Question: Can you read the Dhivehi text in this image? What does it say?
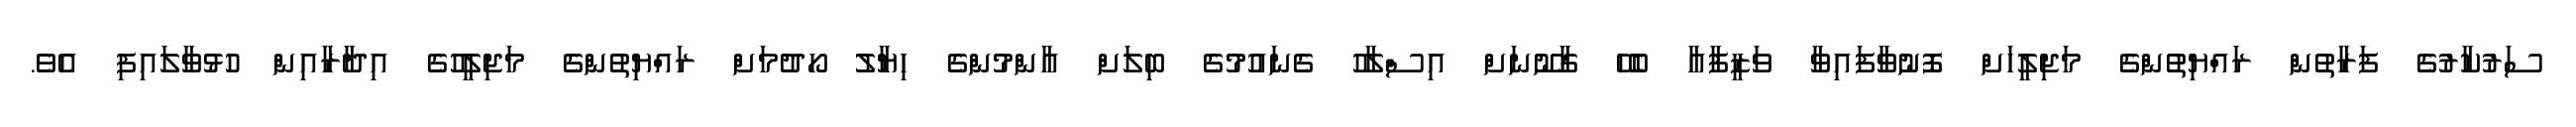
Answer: ސަރުކާރުގެ ފަރާތުން ރައްޔިތުންގެ މަޖިލީހަށް ފޮނުވާފައިވާ ވަޒީފާއާ ބެހޭ ގާނޫނަށް އިސްލާހު ގެނައުމުގެ ބިލަށް އާންމުންގެ ހިޔާލު ހޯދުމަށް ރައްޔިތުންގެ މަޖިލީހުގެ އިދާރާއިން ހުޅުވާލައިފި އެވެ.